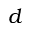
d